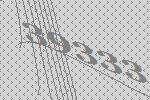
39333